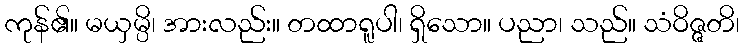
ကုန်၏။ မယှမ္ပိ၊ အားလည်း။ တထာရူပါ၊ ရှိသော။ ပညာ၊ သည်။ သံဝိဇ္ဇတိ၊